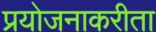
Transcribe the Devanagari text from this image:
प्रयोजनाकरीता